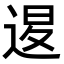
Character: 𨓤